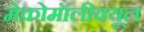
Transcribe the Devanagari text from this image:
मेक्रोमॉलीक्यूल